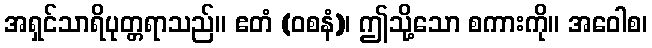
အရှင်သာရိပုတ္တရာသည်။ ဧတံ (ဝစနံ)၊ ဤသို့သော စကားကို။ အဝေါစ၊